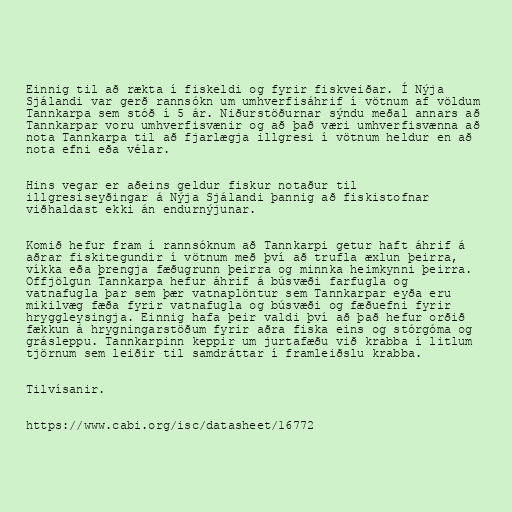
Einnig til að rækta í fiskeldi og fyrir fiskveiðar. Í Nýja
Sjálandi var gerð rannsókn um umhverfisáhrif í vötnum af völdum
Tannkarpa sem stóð í 5 ár. Niðurstöðurnar sýndu meðal annars að
Tannkarpar voru umhverfisvænir og að það væri umhverfisvænna að
nota Tannkarpa til að fjarlægja illgresi í vötnum heldur en að
nota efni eða vélar.

Hins vegar er aðeins geldur fiskur notaður til
illgresiseyðingar á Nýja Sjálandi þannig að fiskistofnar
viðhaldast ekki án endurnýjunar.

Komið hefur fram í rannsóknum að Tannkarpi getur haft áhrif á
aðrar fiskitegundir í vötnum með því að trufla æxlun þeirra,
víkka eða þrengja fæðugrunn þeirra og minnka heimkynni þeirra.
Offjölgun Tannkarpa hefur áhrif á búsvæði farfugla og
vatnafugla þar sem þær vatnaplöntur sem Tannkarpar eyða eru
mikilvæg fæða fyrir vatnafugla og búsvæði og fæðuefni fyrir
hryggleysingja. Einnig hafa þeir valdi því að það hefur orðið
fækkun á hrygningarstöðum fyrir aðra fiska eins og stórgóma og
grásleppu. Tannkarpinn keppir um jurtafæðu við krabba í litlum
tjörnum sem leiðir til samdráttar í framleiðslu krabba.

Tilvísanir.

https://www.cabi.org/isc/datasheet/16772